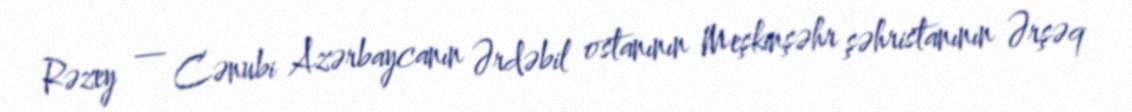
Rəzey — Cənubi Azərbaycanın Ərdəbil ostanının Meşkinşəhr şəhristanının Ərşəq